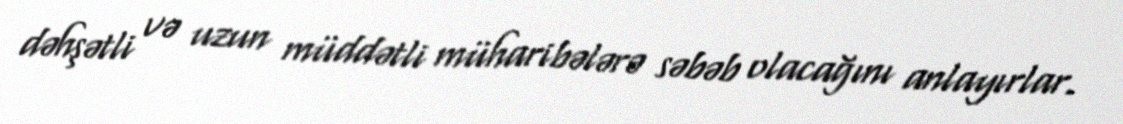
dəhşətli və uzun müddətli müharibələrə səbəb olacağını anlayırlar.